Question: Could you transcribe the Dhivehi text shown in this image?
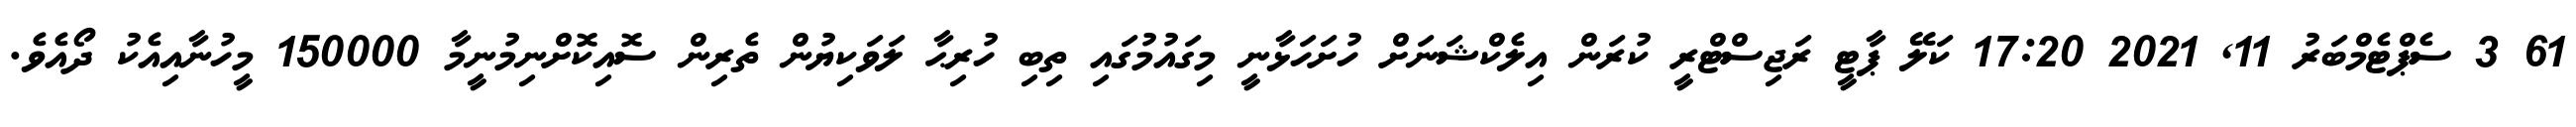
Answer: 61 3 ސެޕްޓެމްބަރު 11, 2021 17:20 ކަލޭ ޕާޓީ ރަޖިސްޓްރީ ކުރަން އިލެކްޝަނަށް ހުށަހަޅާނީ މިގައުމުގައި ތިބި ހުރިޙާ ލަވަކިޔުން ތެރިން ސޮއިކޮށްނިމުނީމާ 150000 މީހުނާއިއެކު ދޯއެވެ.